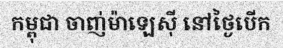
កម្ពុជា ចាញ់ម៉ាឡេស៊ី នៅថ្ងៃបើក